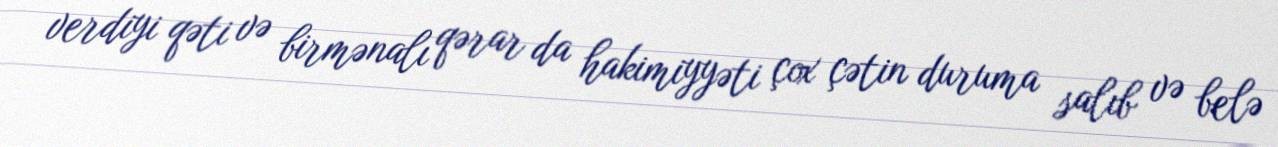
verdiyi qəti və birmənalı qərar da hakimiyyəti çox çətin duruma salıb və belə